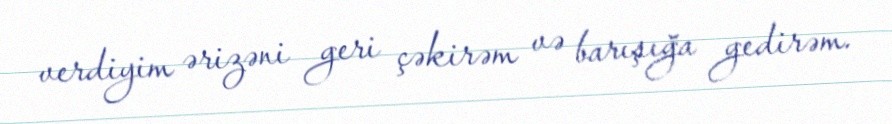
verdiyim ərizəni geri çəkirəm və barışığa gedirəm.